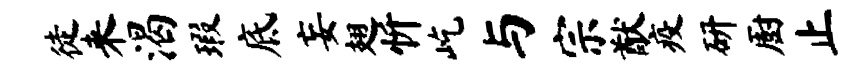
徒来渴瑕底妄翅忻屹与宗猷疫研厨止